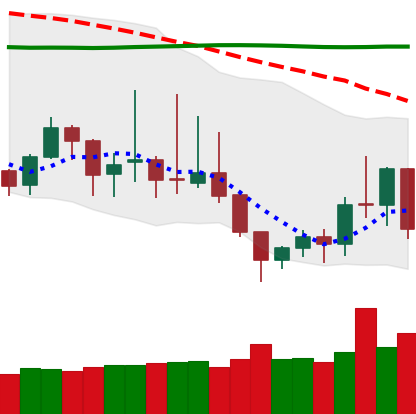
Ticker: DOGE-USD
Chart end date: 2019-09-05
Forward return: -3.714%
Label: down_3_5